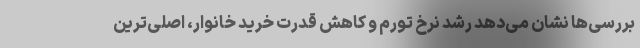
بررسی‌ها نشان می‌دهد رشد نرخ تورم و کاهش قدرت خرید خانوار، اصلی‌ترین